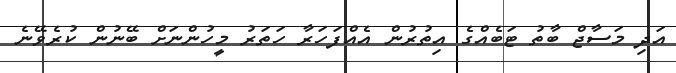
އަދި މަސާޖް ބާތު ޓަބެއްގެ އިތުރުން އެއްފަހަރާ ހަތަރު މީހުންނަށް ބޭނުން ކުރެވޭނެ